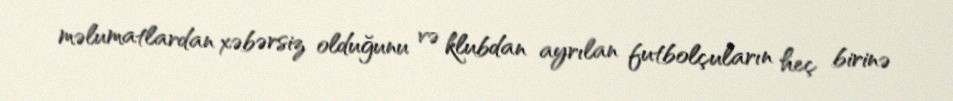
məlumatlardan xəbərsiz olduğunu və klubdan ayrılan futbolçuların heç birinə